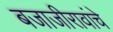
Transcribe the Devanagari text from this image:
बजाजीरावांचे